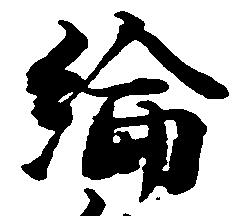
綸